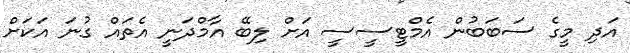
އަދި މީގެ ސަބަބުން އެމްޓީސީސީ އަށް ލިބޭ އާމްދަނީ އެތައް ގުނަ އަކަށް